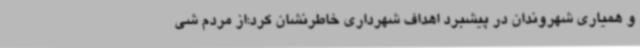
و همیاری شهروندان در پیشبرد اهداف شهرداری خاطرنشان کرد:از مردم شی